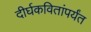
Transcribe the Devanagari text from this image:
दीर्घकवितांपर्यंत